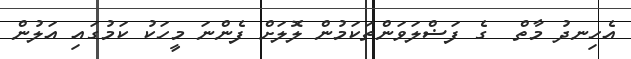
އެހިނދު މާތް  ގެ ފަޟްލަވަންތަކަމުން ލޮލަށް ފެންނަ މީހަކު ކަމުގައި އަލުން